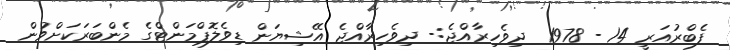
ފެބްރުއަރީ 14 - 1978  ދިވެހިރާއްޖެ:- ދިވެހިރާއްޖެ އޭޝިޔަން ޑިވެލޮޕްމަންޓްގެ މެންބަރަކަށްވުން